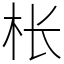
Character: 枨